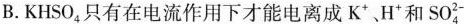
B.KHSO_{4}只有在电流作用下才能电离成K^{+}、H^{+}和SO_{4}^{2-}